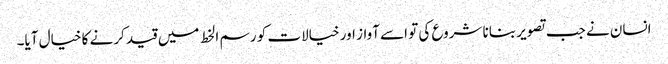
انسان نے جب تصویر بنانا شروع کی تو اسے آواز اور خیالات کو رسم الخط میں قید کرنے کا خیال آیا۔